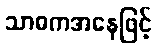
သာဓကအနေဖြင့်